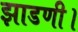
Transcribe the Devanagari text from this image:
झाडणी।